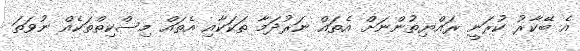
އެ ބޭކާރު ކުރަނީ ރައްޔިތުންނަށް އެތައް ނަރުދަމާ ތަކަކާއި އެތައް މިސްކިތްތަކެއް ނުވަތަ